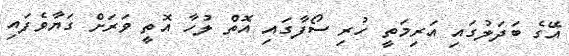
އޭގެ ބަދަލުގައި އަރިމަތީ ހުރި ސޯފާގައި އޮތް ލުހާ އޮތީ ވަރަށް ގަޔާވެފައި